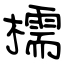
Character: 檽